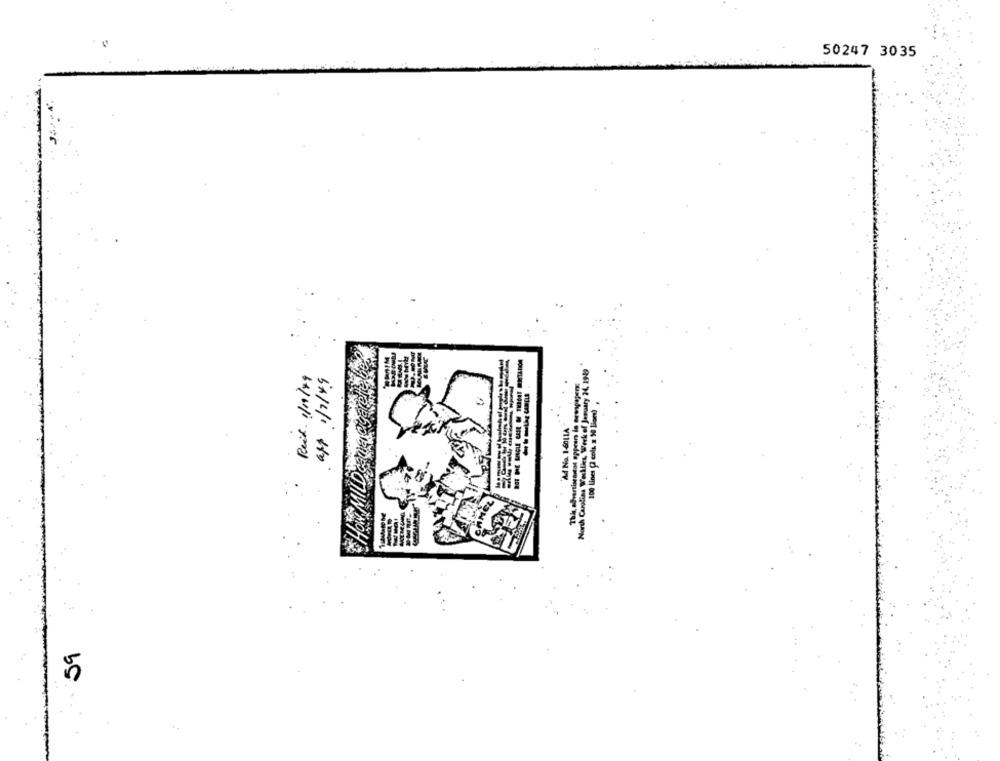
50247 3035
BOT BRE SINGLE CASE OF THISET MITATION
North Carolina Weeklies, Week of January 24, 1949
Reix. 1/11/19
att 1/7/19
100 Lines (2 cols, 2 90 liond),
Ad No. 1-6011A
59